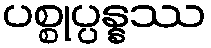
ပစ္စုပ္ပန္နဿ